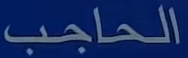
الحاجب